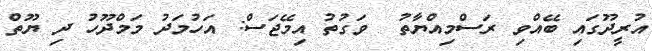
އުރީދޫގައި ބޭއްވި ރަސްމިއްޔާތު  ވަގުތު އިމޭޖަސް: އަހުމަދު މަމްދޫހު ދި ޔޫތް